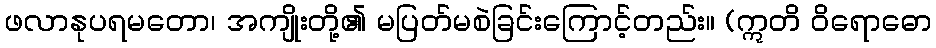
ဖလာနုပရမတော၊ အကျိုးတို့၏ မပြတ်မစဲခြင်းကြောင့်တည်း။ (ဣတိ ဝိရောဓော